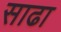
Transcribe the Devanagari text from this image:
साढा